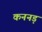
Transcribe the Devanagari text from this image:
कननड़